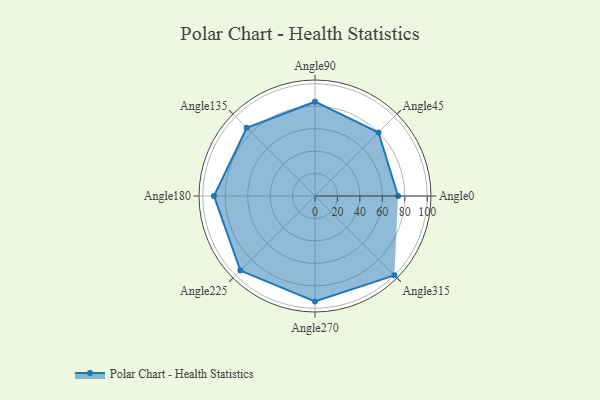
{"axis": {"x": "Angle", "y": "Radius"}, "legend": [""], "data": [{"x": "Angle0", "y": 74.0, "type": ""}, {"x": "Angle45", "y": 80.0, "type": ""}, {"x": "Angle90", "y": 84.0, "type": ""}, {"x": "Angle135", "y": 86.0, "type": ""}, {"x": "Angle180", "y": 90.0, "type": ""}, {"x": "Angle225", "y": 94.0, "type": ""}, {"x": "Angle270", "y": 94.0, "type": ""}, {"x": "Angle315", "y": 100.0, "type": ""}]}